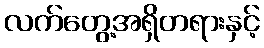
လက်တွေ့အရှိတရားနှင့်